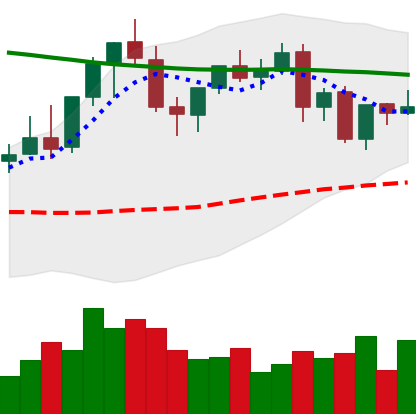
Ticker: EOS-USD
Chart end date: 2021-08-29
Forward return: 12.118%
Label: up_7plus